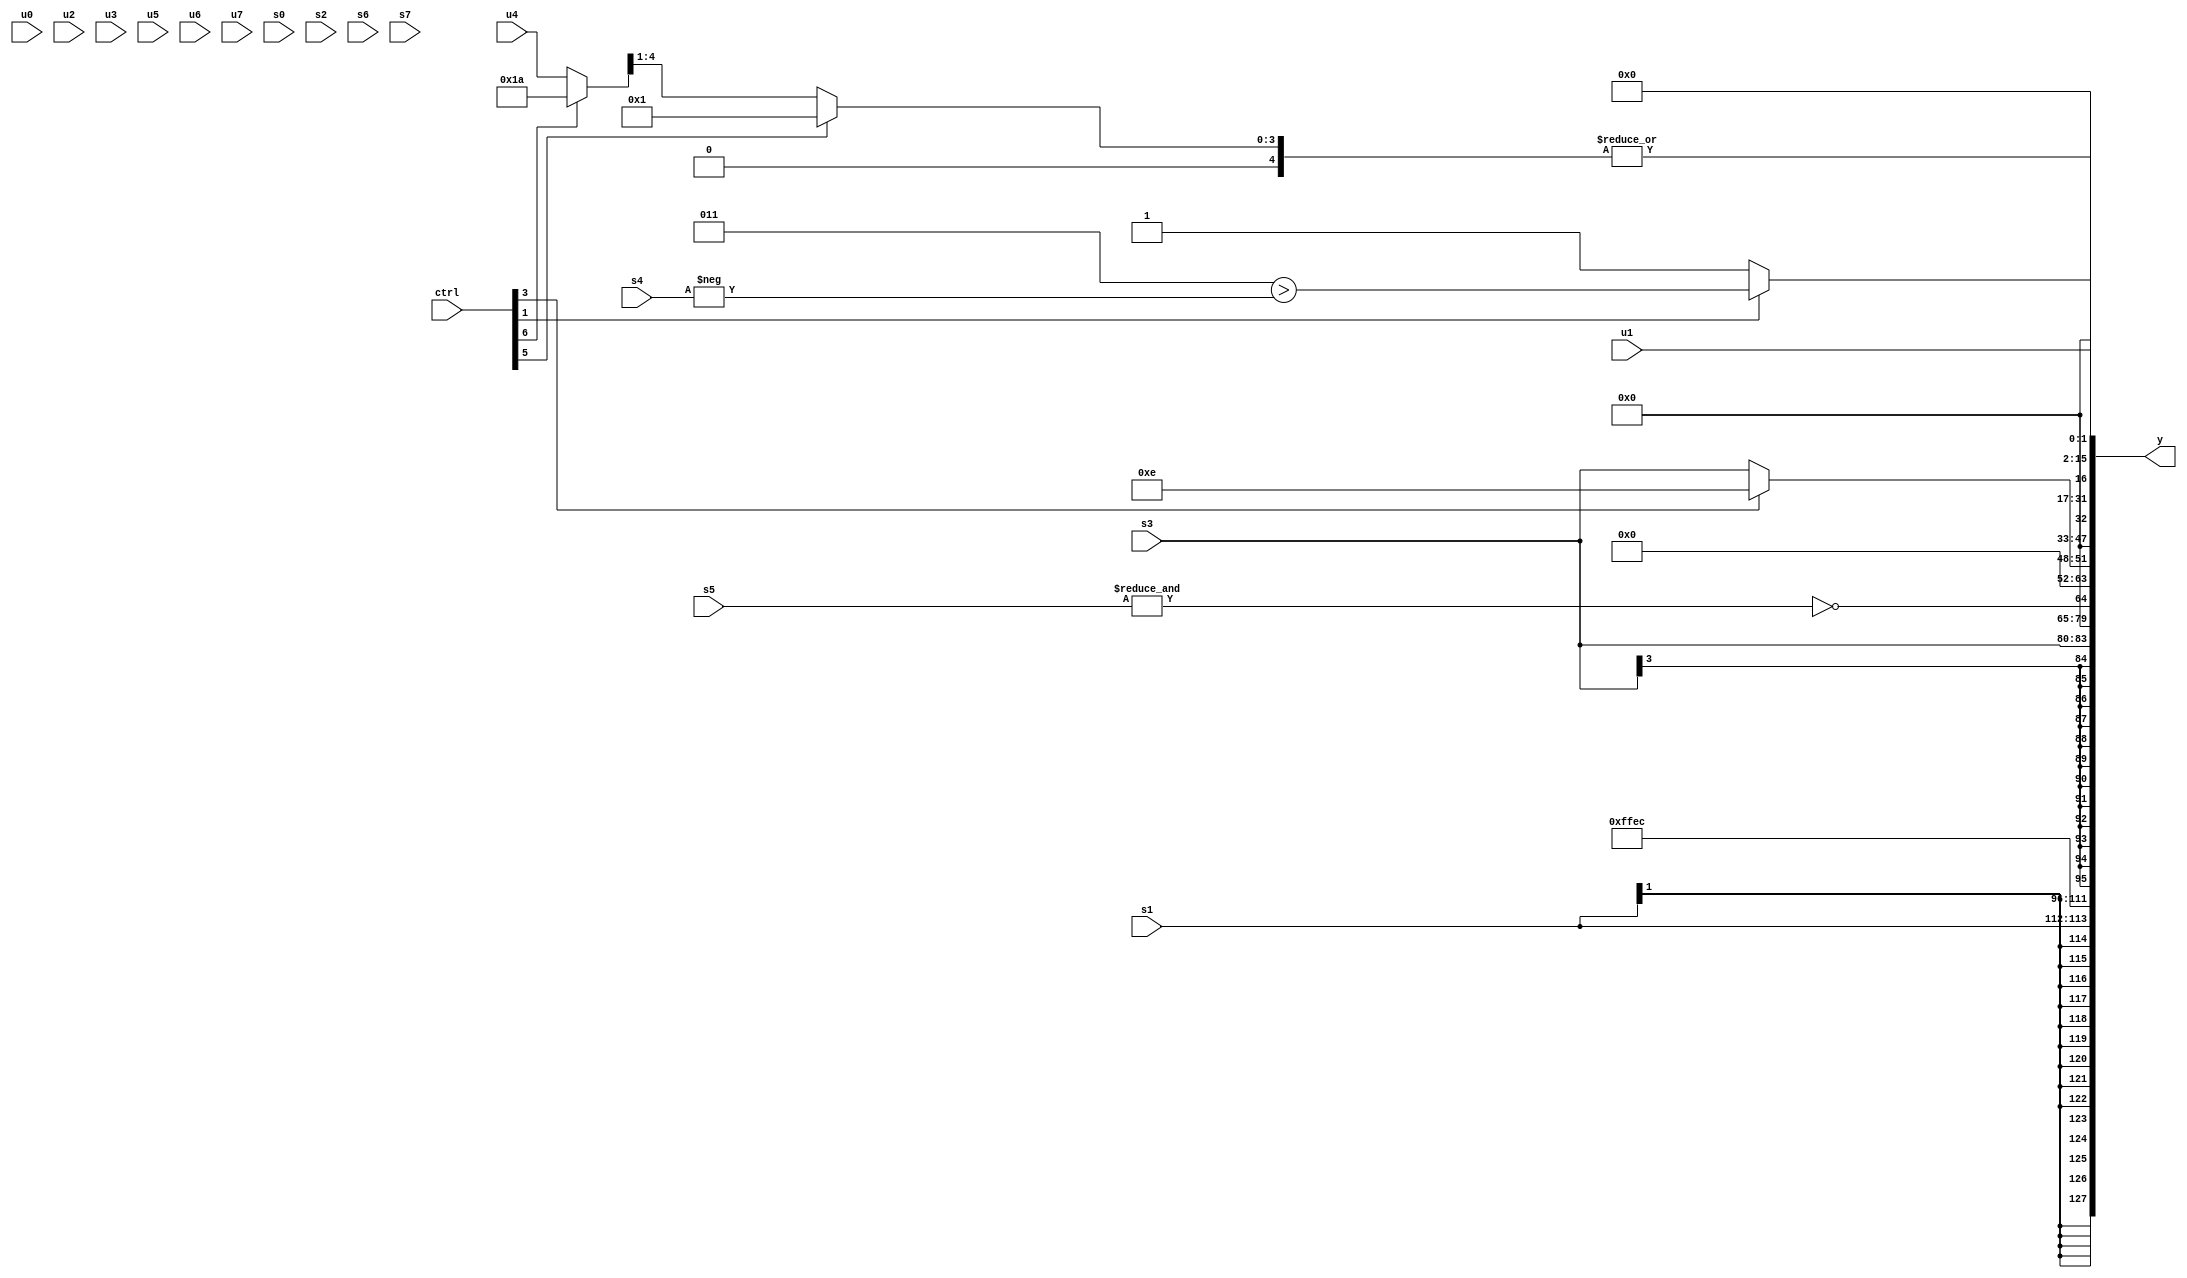
module wideexpr_00616(ctrl, u0, u1, u2, u3, u4, u5, u6, u7, s0, s1, s2, s3, s4, s5, s6, s7, y);
  input [7:0] ctrl;
  input [0:0] u0;
  input [1:0] u1;
  input [2:0] u2;
  input [3:0] u3;
  input [4:0] u4;
  input [5:0] u5;
  input [6:0] u6;
  input [7:0] u7;
  input signed [0:0] s0;
  input signed [1:0] s1;
  input signed [2:0] s2;
  input signed [3:0] s3;
  input signed [4:0] s4;
  input signed [5:0] s5;
  input signed [6:0] s6;
  input signed [7:0] s7;
  output [127:0] y;
  wire [15:0] y0;
  wire [15:0] y1;
  wire [15:0] y2;
  wire [15:0] y3;
  wire [15:0] y4;
  wire [15:0] y5;
  wire [15:0] y6;
  wire [15:0] y7;
  assign y = {y0,y1,y2,y3,y4,y5,y6,y7};
  assign y0 = s1;
  assign y1 = 6'sb101100;
  assign y2 = s3;
  assign y3 = ~&($signed(s5));
  assign y4 = (ctrl[3]?4'b1110:s3);
  assign y5 = +((ctrl[1]?^((($signed($unsigned(3'sb011)))>>>(2'b00))>(-(s4))):1'sb1));
  assign y6 = |({3{(ctrl[5]?3'sb001:{$signed(((ctrl[6]?(5'sb00000)^~(4'sb0101):$signed(u4)))>>(2'sb01))})}});
  assign y7 = u1;
endmodule